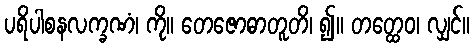
ပရိပါစနလက္ခဏံ၊ ကို။ တေဇောဓာတူတိ၊ ၍။ တတ္ထေဝ၊ လျှင်။